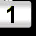
Digit: 1